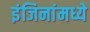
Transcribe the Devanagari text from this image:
इंजिनांमध्ये